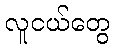
လူငယ်တွေ